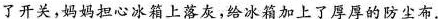
了开关，妈妈担心冰箱上落灰，给冰箱加上了厚厚的防尘布。